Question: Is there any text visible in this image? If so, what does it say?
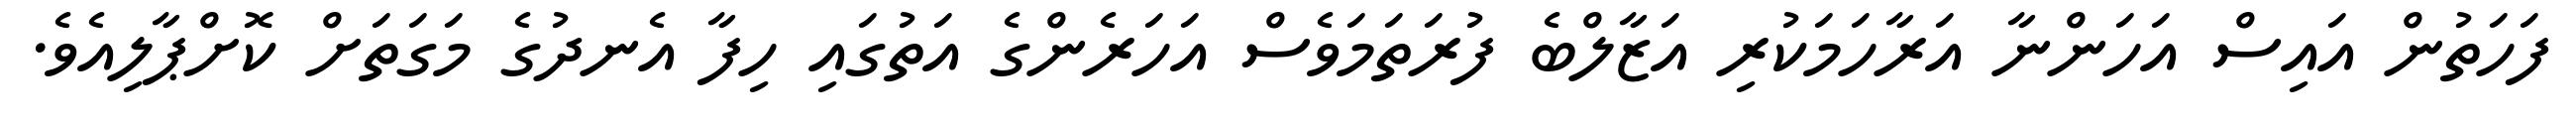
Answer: ފަހަތުން އައިސް އަހަންނާ އަރާހަމަކުރި އަޒާލްބެ ފުރަތަމަވެސް އަހަރެންގެ އަތުގައި ހިފާ އެނދުގެ މަގަތަށް ކޮށްޕާލިއެވެ.